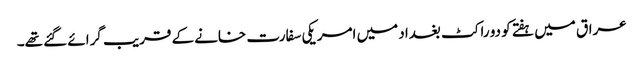
عراق میں ہفتے کو دو راکٹ بغداد میں امریکی سفارت خانے کے قریب گرائے گئے تھے۔